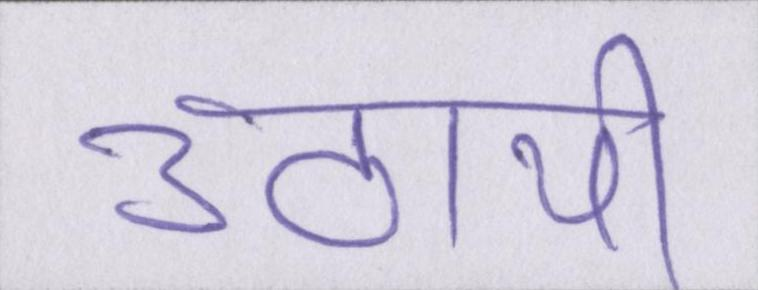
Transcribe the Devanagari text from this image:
उठायी